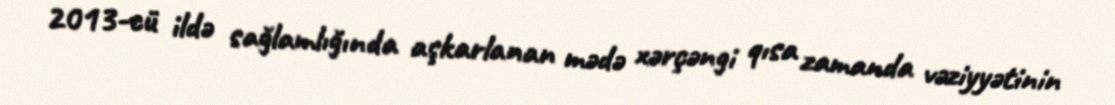
2013-cü ildə sağlamlığında aşkarlanan mədə xərçəngi qısa zamanda vəziyyətinin